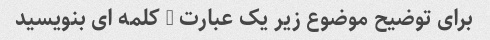
برای توضیح موضوع زیر یک عبارت 3 کلمه ای بنویسید